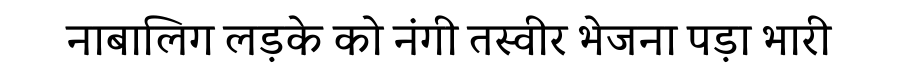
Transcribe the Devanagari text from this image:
नाबालिग लड़के को नंगी तस्वीर भेजना पड़ा भारी